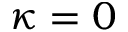
\kappa = 0